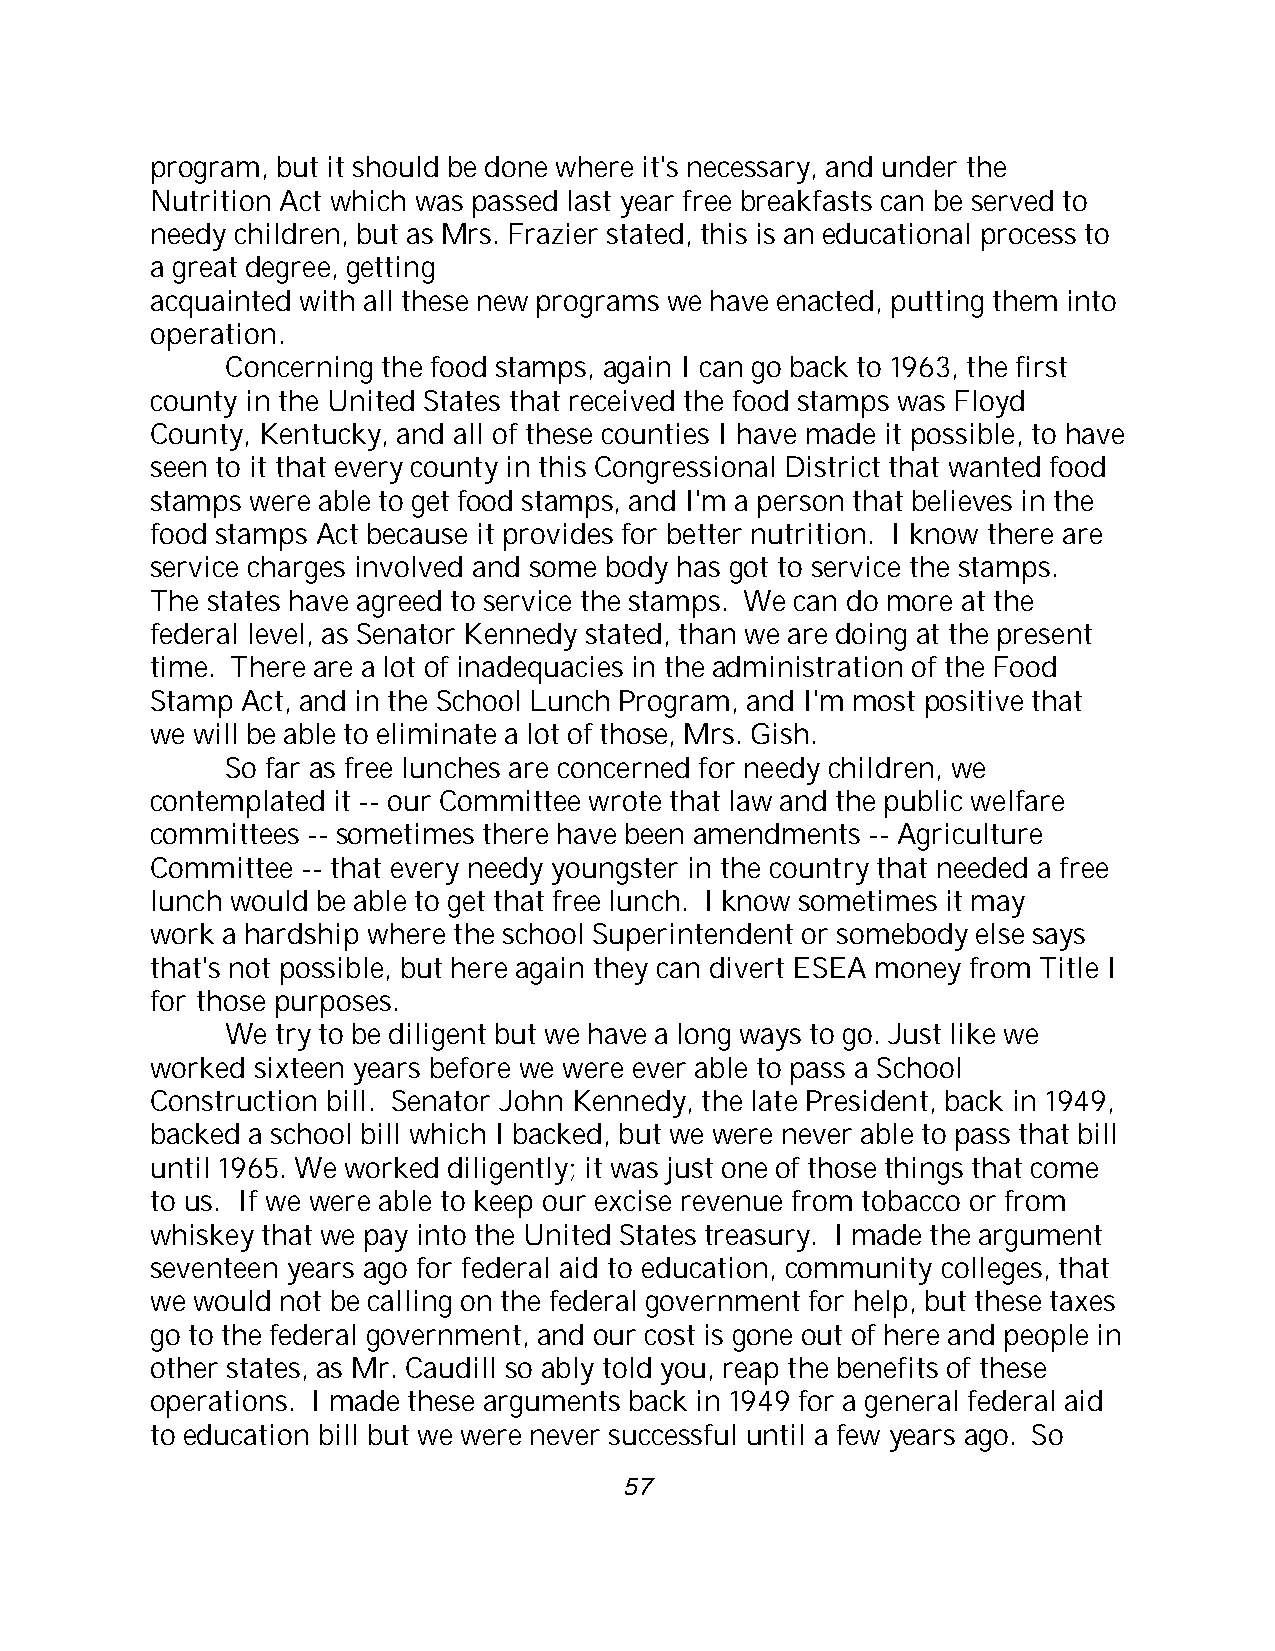
program, but it should be done where it's necessary, and under the
 Nutrition Act which was passed last year free breakfasts can be served to
 needy children, but as Mrs. Frazier stated, this is an educational process to
 a great degree, getting
 acquainted with all these new programs we have enacted, putting them into
 operation.
 Concerning the food stamps, again I can go back to 1963, the first
 county in the United States that received the food stamps was Floyd
 County, Kentucky, and all of these counties I have made it possible, to have
 seen to it that every county in this Congressional District that wanted food
 stamps were able to get food stamps, and I'm a person that believes in the
 food stamps Act because it provides for better nutrition. I know there are
 service charges involved and some body has got to service the stamps.
 The states have agreed to service the stamps. We can do more at the
 federal level, as Senator Kennedy stated, than we are doing at the present
 time. There are a lot of inadequacies in the administration of the Food
 Stamp Act, and in the School Lunch Program, and I'm most positive that
 we will be able to eliminate a lot of those, Mrs. Gish.
 So far as free lunches are concerned for needy children, we
 contemplated it -- our Committee wrote that law and the public welfare
 committees -- sometimes there have been amendments -- Agriculture
 Committee -- that every needy youngster in the country that needed a free
 lunch would be able to get that free lunch. I know sometimes it may
 work a hardship where the school Superintendent or somebody else says
 that's not possible, but here again they can divert ESEA money from Title I
 for those purposes.
 We try to be diligent but we have a long ways to go. Just like we
 worked sixteen years before we were ever able to pass a School
 Construction bill. Senator John Kennedy, the late President, back in 1949,
 backed a school bill which I backed, but we were never able to pass that bill
 until 1965. We worked diligently; it was just one of those things that come
 to us. If we were able to keep our excise revenue from tobacco or from
 whiskey that we pay into the United States treasury. I made the argument
 seventeen years ago for federal aid to education, community colleges, that
 we would not be calling on the federal government for help, but these taxes
 go to the federal government, and our cost is gone out of here and people in
 other states, as Mr. Caudill so ably told you, reap the benefits of these
 operations. I made these arguments back in 1949 for a general federal aid
 to education bill but we were never successful until a few years ago. So
 57